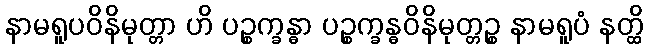
နာမရူပဝိနိမုတ္တာ ဟိ ပဉ္စက္ခန္ဓာ ပဉ္စက္ခန္ဓဝိနိမုတ္တဉ္စ နာမရူပံ နတ္ထိ